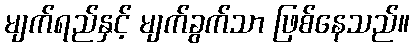
မျက်ရည်နှင့် မျက်ခွက်သာ ဖြစ်နေသည်။